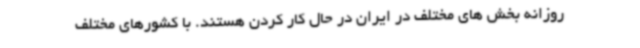
روزانه بخش های مختلف در ایران در حال کار کردن هستند. با کشورهای مختلف